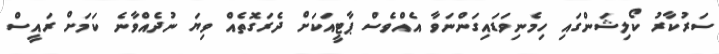
ސަރުކާރު ކޯލިޝަންގައި ހިމެނިވަޑައިގަންނަވާ އެއްވެސް ޕާޓީއަކަށް ދެރަގޮތެއް ވިޔަ ނުދެއްވާނެ ކަމަށް ރައީސް